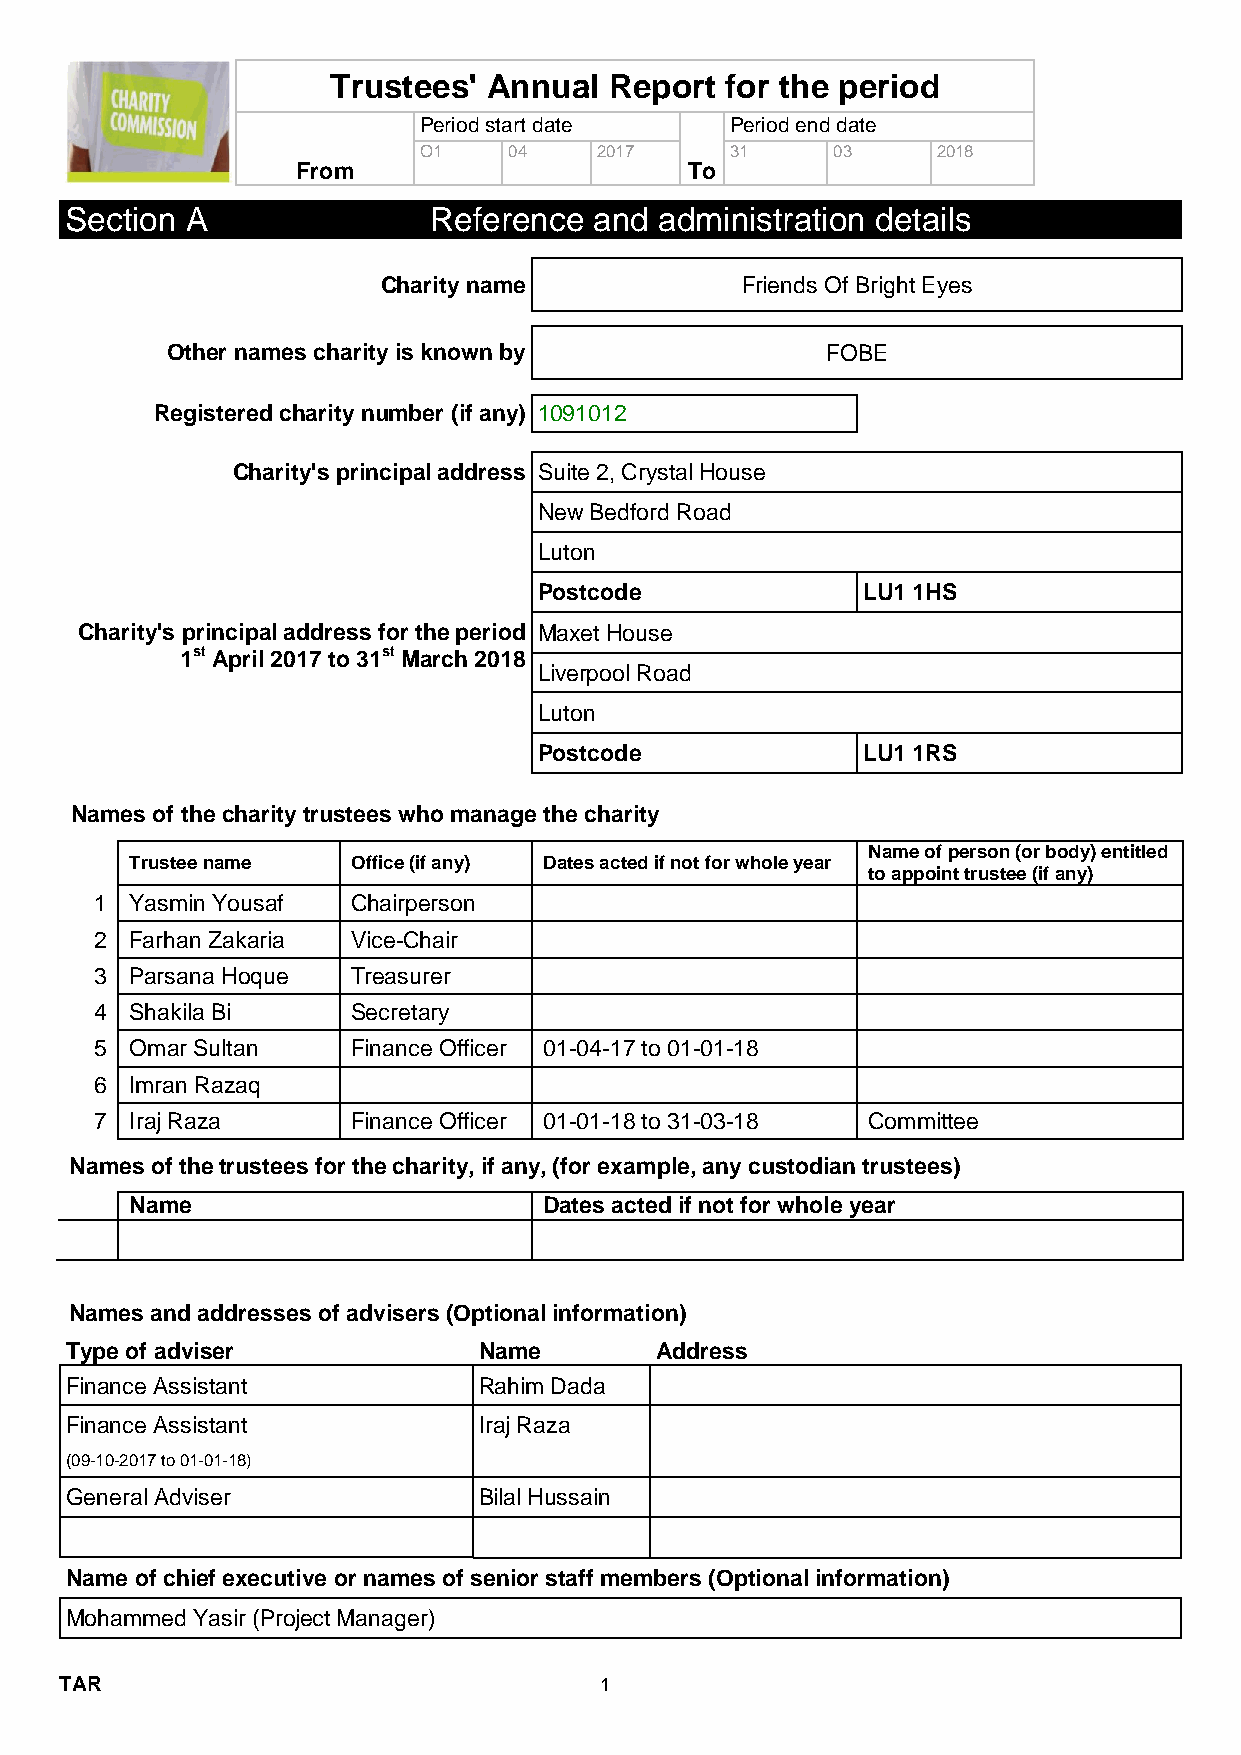
Trustees' Annual  Report  for the period
 Period start date   Period end date
 O1    04   2017     31     03     2018
 From                      To
 Section A               Reference  and  administration details
 Charity name            Friends Of Bright Eyes
 Other names charity is known by             FOBE
 Registered charity number (if any) 1091012
 Charity's principal address Suite 2, Crystal House
 New Bedford Road
 Luton
 Postcode             LU1 1HS
 Charity's principal address for the period Maxet House
 1st April 2017 to 31st March 2018
 Liverpool Road
 Luton
 Postcode             LU1 1RS
 Names of the charity trustees who manage the charity
 Name of person (or body) entitled
 Trustee name  Office (if any) Dates acted if not for whole year
 to appoint trustee (if any)
 1  Yasmin Yousaf Chairperson
 2  Farhan Zakaria Vice-Chair
 3  Parsana Hoque Treasurer
 4  Shakila Bi    Secretary
 5  Omar Sultan   Finance Officer 01-04-17 to 01-01-18
 6  Imran Razaq
 7  Iraj Raza     Finance Officer 01-01-18 to 31-03-18 Committee
 Names of the trustees for the charity, if any, (for example, any custodian trustees)
 Name                       Dates acted if not for whole year
 Names and addresses of advisers (Optional information)
 Type of adviser             Name       Address
 Finance Assistant           Rahim Dada
 Finance Assistant           Iraj Raza
 (09-10-2017 to 01-01-18)
 General Adviser             Bilal Hussain
 Name of chief executive or names of senior staff members (Optional information)
 Mohammed Yasir (Project Manager)
 TAR                                 1